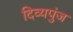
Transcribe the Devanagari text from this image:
दिव्यपुंज